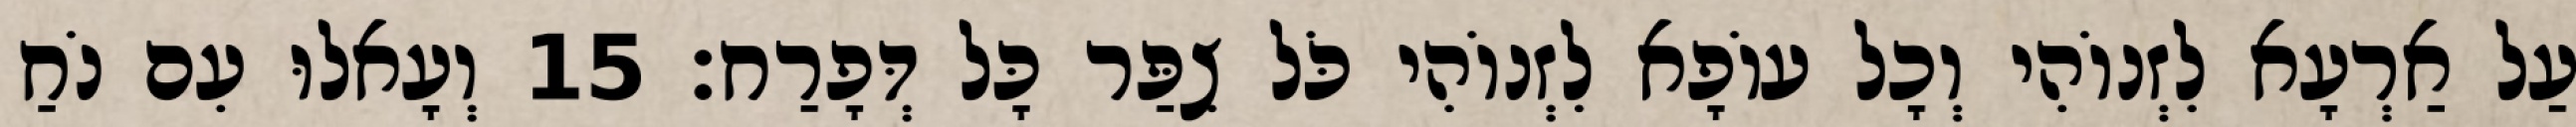
עַל אַרְעָא לִזְנוֹהִי וְכָל עוֹפָא לִזְנוֹהִי כֹּל צִפַּר כָּל דְּפָרַח׃ 15 וְעָאלוּ עִם נֹחַ